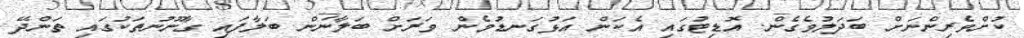
ކުށްވެރިންނަށް ބަދަލުވެގެން. އޮޑިޓުގައި އެކަން އަޅުގަނޑުމެން ވަރަށް ބަލާނަން ބަލާފައި ގާނޫނުތަކުގައި ތަންދޭ